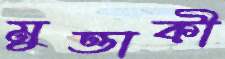
মুত্তাকী